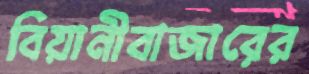
বিয়ানীবাজারের